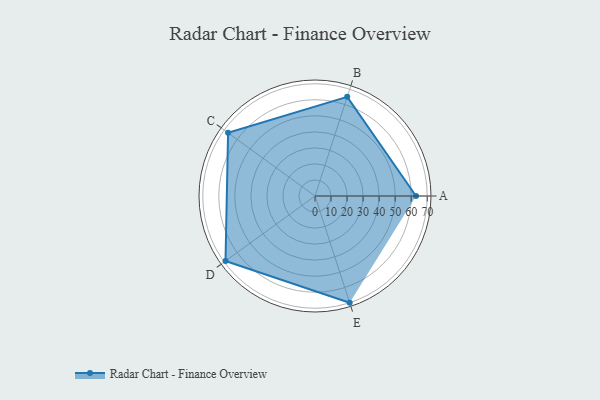
{"axis": {"x": "Skill", "y": "Score"}, "legend": ["Profile"], "data": [{"x": "A", "y": 63.0, "type": "Profile"}, {"x": "B", "y": 65.0, "type": "Profile"}, {"x": "C", "y": 67.0, "type": "Profile"}, {"x": "D", "y": 69.0, "type": "Profile"}, {"x": "E", "y": 70.0, "type": "Profile"}]}